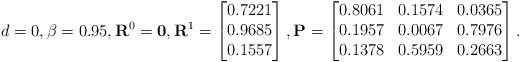
LaTeX: \begin{align*}d = 0, \beta = 0.95, \mathbf{R}^0 =\mathbf{0}, \mathbf{R}^1 = \begin{bmatrix} 0.7221 \\ 0.9685 \\ 0.1557\end{bmatrix}, \mathbf{P} = \begin{bmatrix} 0.8061 & 0.1574 & 0.0365 \\0.1957 & 0.0067 & 0.7976 \\0.1378 & 0.5959 & 0.2663\end{bmatrix}.\end{align*}